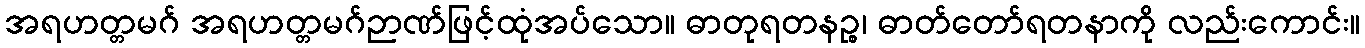
အရဟတ္တမဂ် အရဟတ္တမဂ်ဉာဏ်ဖြင့်ထုံအပ်သော။ ဓာတုရတနဉ္စ၊ ဓာတ်တော်ရတနာကို လည်းကောင်း။